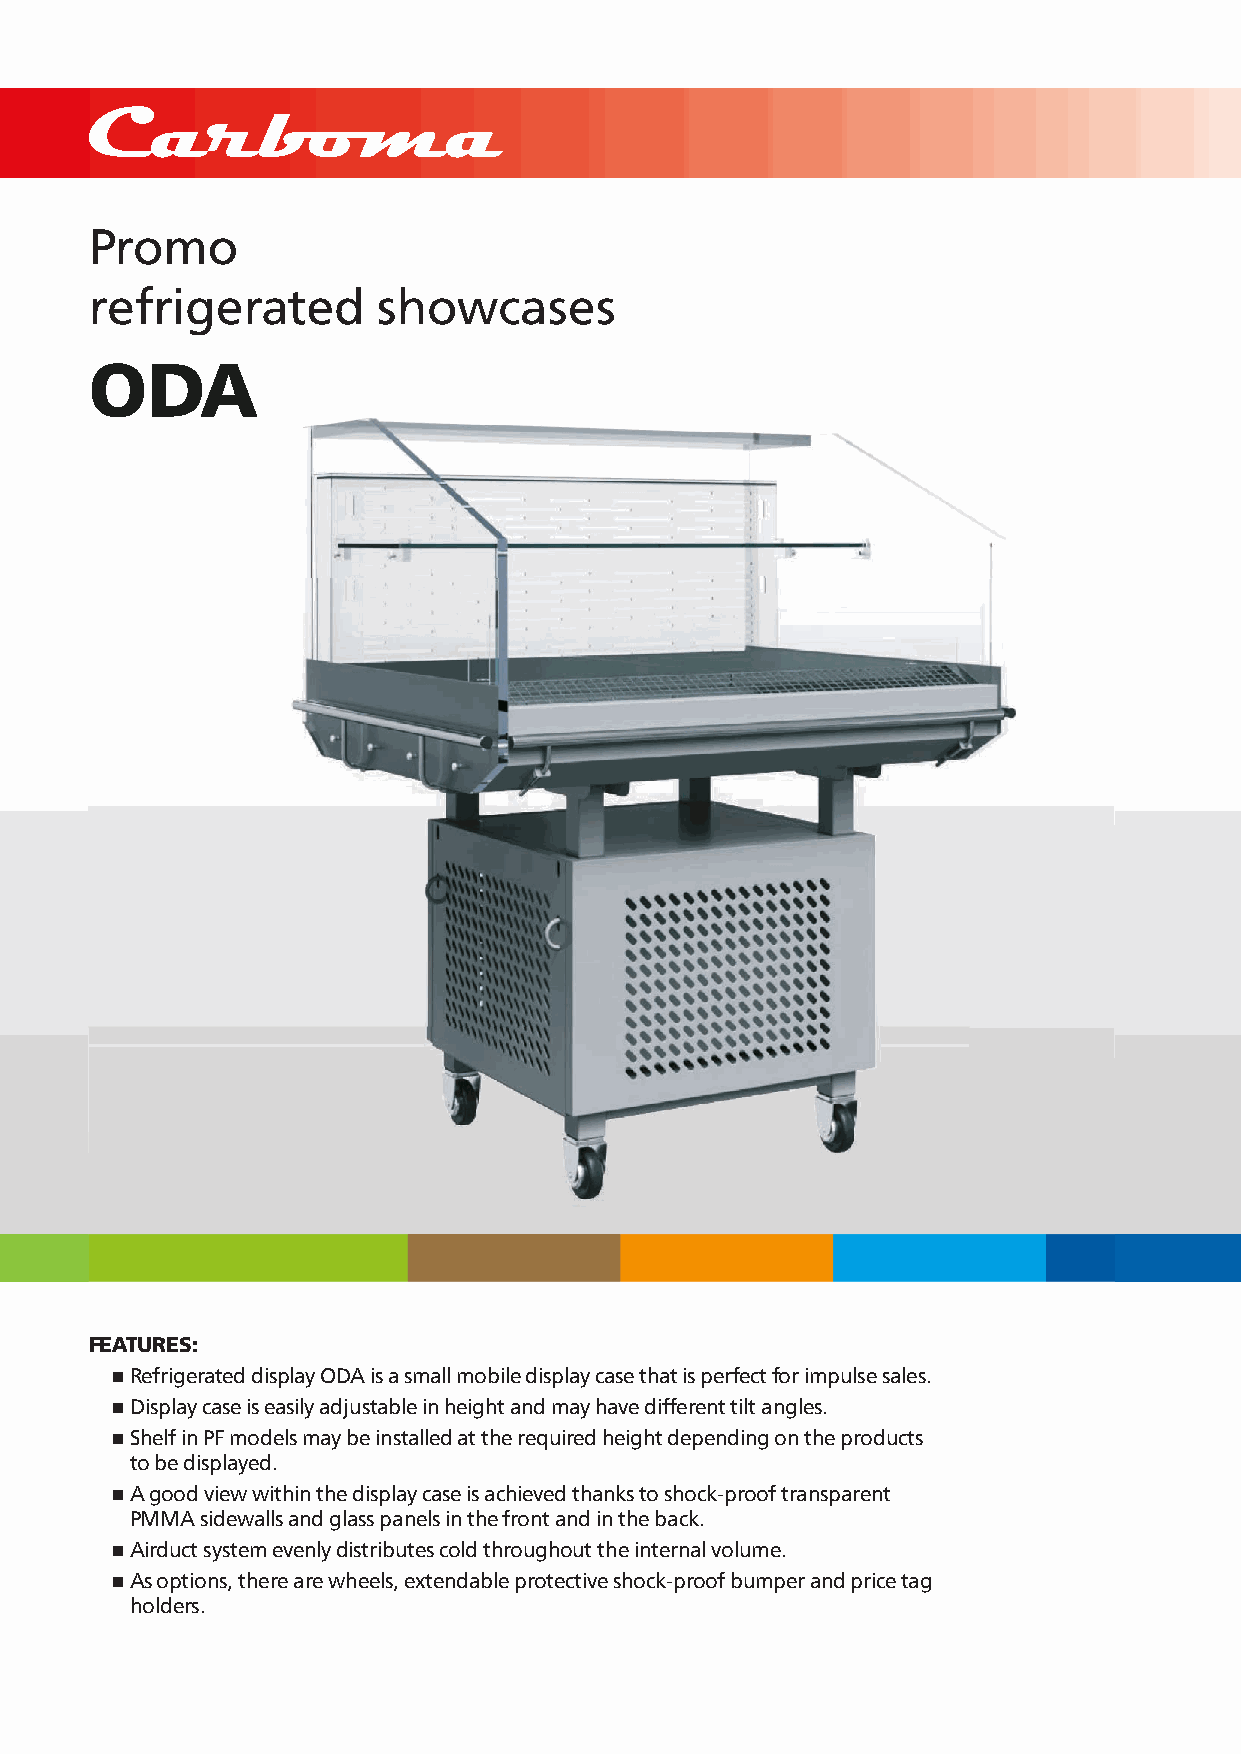
Promo
 refrigerated       showcases
 OODDAA
 FEATURES:
 n Refrigerated display ODA is a small mobile display case that is perfect for impulse sales.
 n Display case is easily adjustable in height and may have different tilt angles.
 n Shelf in PF models may be installed at the required height depending on the products
 to be displayed.
 n A good view within the display case is achieved thanks to shock-proof transparent
 PMMA sidewalls and glass panels in the front and in the back.
 n Airduct system evenly distributes cold throughout the internal volume.
 n As options, there are wheels, extendable protective shock-proof bumper and price tag
 holders.
 The manufacturer reserves the right to modify equipment design and scope of supply without prior notice